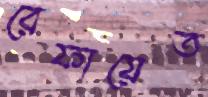
রেফায়েত